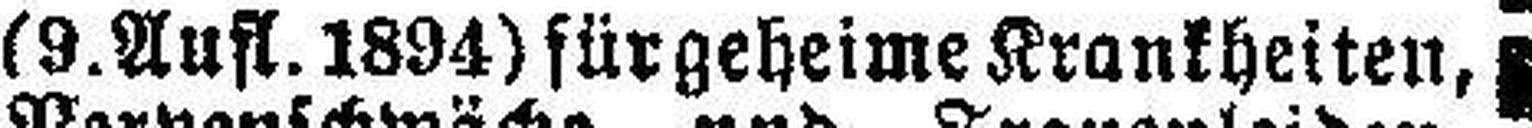
(9. Aufl. 1894) für geheime Krankheiten,